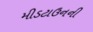
મીડટાઉનની